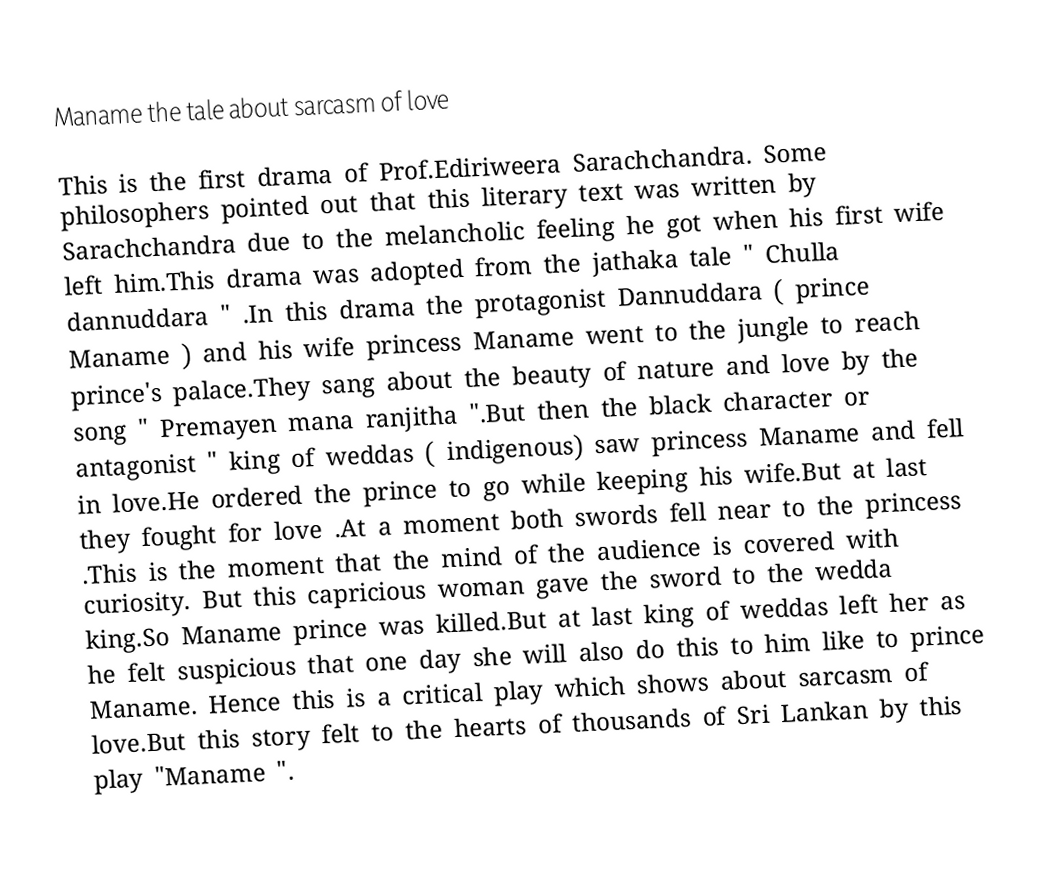
Maname the tale about sarcasm of love

This is the first drama of Prof.Ediriweera Sarachchandra. Some philosophers pointed out that this literary text was written by Sarachchandra due to the melancholic feeling he got when his first wife left him.This drama was adopted from the jathaka tale " Chulla dannuddara " .In this drama the protagonist Dannuddara ( prince Maname ) and his wife princess Maname went to the jungle to reach prince's palace.They sang about the beauty of nature and love by the song " Premayen mana ranjitha ".But then the black character or antagonist " king of weddas ( indigenous) saw princess Maname and fell in love.He ordered the prince to go while keeping his wife.But at last they fought for love .At a moment both swords fell near to the princess .This is the moment that the mind of the audience is covered with curiosity. But this capricious woman gave the sword to the wedda king.So Maname prince was killed.But at last king of weddas left her as he felt suspicious that one day she will also do this to him like to prince Maname. Hence this is a critical play which shows about sarcasm of love.But this story felt to the hearts of thousands of Sri Lankan by this play  "Maname ".